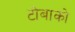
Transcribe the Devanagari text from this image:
टोबाको